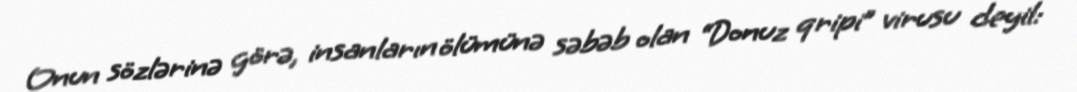
Onun sözlərinə görə, insanların ölümünə səbəb olan “Donuz qripi” virusu deyil: